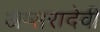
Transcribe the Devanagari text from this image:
अप्सरादेवी